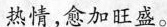
热情，愈加旺盛。